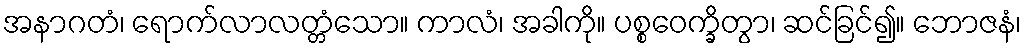
အနာဂတံ၊ ရောက်လာလတ္တံသော။ ကာလံ၊ အခါကို။ ပစ္စဝေက္ခိတွာ၊ ဆင်ခြင်၍။ ဘောဇနံ၊